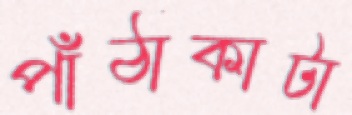
পাঁঠাকাটা